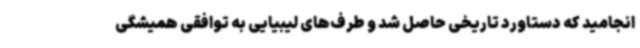
انجامید که دستاورد تاریخی حاصل شد و طرف‌های لیبیایی به توافقی همیشگی